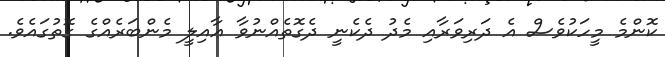
ކޮންމެ މީހަކުވެސް އެ ދަރިވަރާއި މެދު ދެކެނީ ދެގޮތެއްނުވާ ޢާއިލީ މެންބަރެއްގެ ގޮތުގައެވެ.